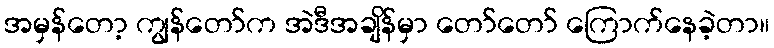
အမှန်တော့ ကျွန်တော်က အဲဒီအချိန်မှာ တော်တော် ကြောက်နေခဲ့တာ။